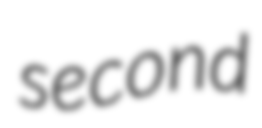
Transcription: second